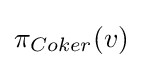
\pi _{Coker}(v)